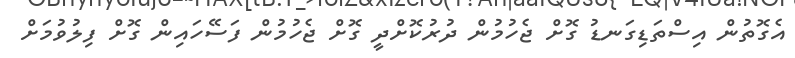
އެގޮތުން އިސްތަޑިގަނޑު ގޮށް ޖެހުމުން ދުރުކޮށްދީ ގޮށް ޖެހުމުން ފަސޭހައިން ގޮށް ފިލުވުމަށް